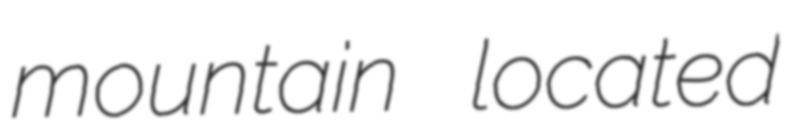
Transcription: mountain located